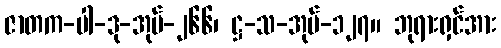
ဇာတက-ပါ-ဒု-အုပ်-၂၆၆၊ ဋ္ဌ-သ-အုပ်-၁၂၇။ ဘုရားရှင်အား